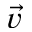
\vec { v }